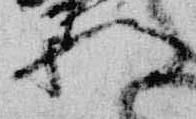
将